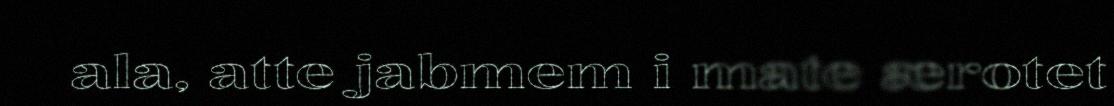
ala, atte jabmem i mate ærotet